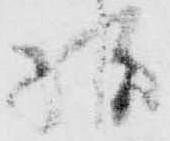
様